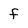
Character: f